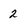
Character: 2